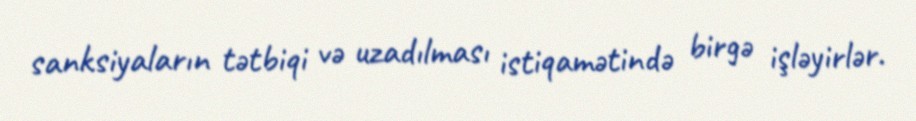
sanksiyaların tətbiqi və uzadılması istiqamətində birgə işləyirlər.